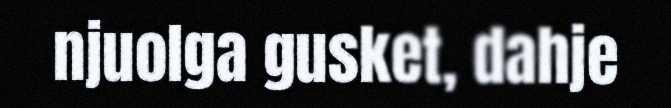
njuolga gusket, dahje